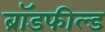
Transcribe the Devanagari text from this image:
ब्रॉडफील्ड